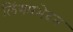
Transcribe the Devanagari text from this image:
लिंगप्रभेदन